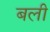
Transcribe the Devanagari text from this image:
बली